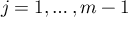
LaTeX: j = 1 , \dotsc , m - 1